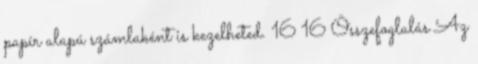
papír alapú számlaként is kezelheted. 16 16 Összefoglalás Az